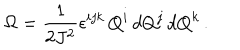
LaTeX: \Omega = { \frac { 1 } { 2 J ^ { 2 } } } \epsilon ^ { i j k } \, Q ^ { i } \, d Q ^ { j } \, d Q ^ { k } \, .